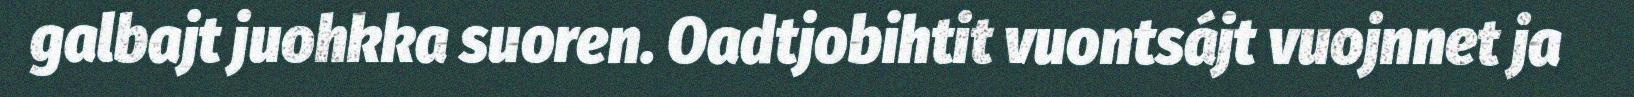
galbajt juohkka suoren. Oadtjobihtit vuontsájt vuojnnet ja